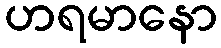
ဟရမာနော